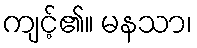
ကျင့်၏။ မနသာ၊